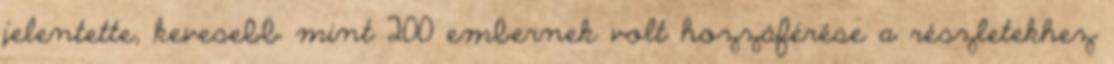
jelentette, kevesebb mint 200 embernek volt hozzáférése a részletekhez